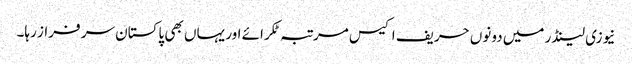
نیوزی لینڈر میں دونوں حریف اکیس مرتبہ ٹکرائے اور یہاں بھی پاکستان سر فراز رہا۔